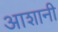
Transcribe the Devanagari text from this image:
आशानी